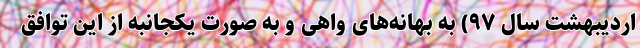
اردیبهشت سال ۹۷) به بهانه‌های واهی و به صورت یکجانبه از این توافق